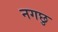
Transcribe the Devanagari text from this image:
नगछु